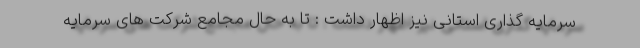
سرمایه گذاری استانی نیز اظهار داشت : تا به حال مجامع شرکت های سرمایه